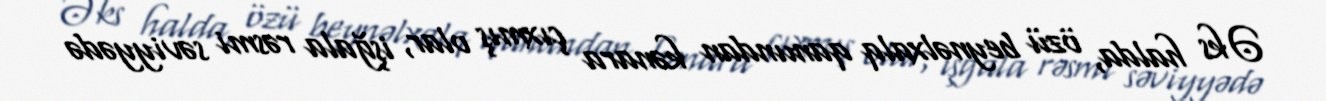
Əks halda, özü beynəlxalq qanundan kənara çıxmış olar, işğala rəsmi səviyyədə